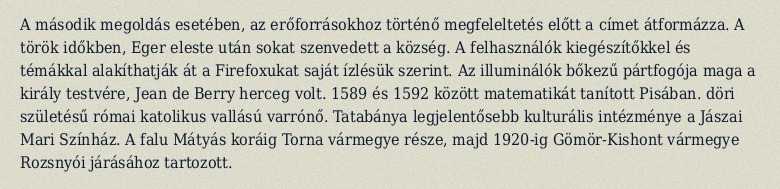
A második megoldás esetében, az erőforrásokhoz történő megfeleltetés előtt a címet átformázza. A török időkben, Eger eleste után sokat szenvedett a község. A felhasználók kiegészítőkkel és témákkal alakíthatják át a Firefoxukat saját ízlésük szerint. Az illuminálók bőkezű pártfogója maga a király testvére, Jean de Berry herceg volt. 1589 és 1592 között matematikát tanított Pisában. döri születésű római katolikus vallású varrónő. Tatabánya legjelentősebb kulturális intézménye a Jászai Mari Színház. A falu Mátyás koráig Torna vármegye része, majd 1920-ig Gömör-Kishont vármegye Rozsnyói járásához tartozott.